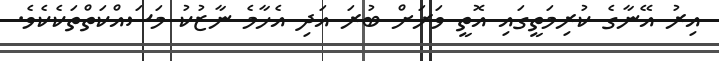
އިރު އޭނާގެ ކުރިމަތީގައި އޮތީ ވަރަށް ބުރަ އަދި އެހާމެ ނާޒުކު މަސައްކަތްތަކެކެވެ.